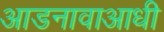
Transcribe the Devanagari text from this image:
आडनावाआधी